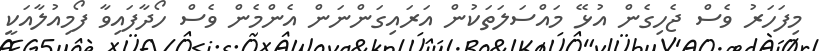
މިފަހަރު ވެސް ޖެހިގެން އުޅޭ މައްސަލަތަކުން އަރައިގަންނަން އެންމެން ވެސް ހޯދާފައިވާ ފޯމިއުލާއަކީ